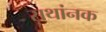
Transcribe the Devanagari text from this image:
सथांनक